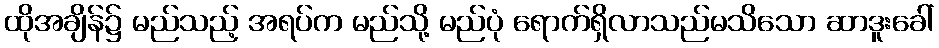
ထိုအချိန်၌ မည်သည့် အရပ်က မည်သို့ မည်ပုံ ရောက်ရှိလာသည်မသိသော ဆာဒူးခေါ်